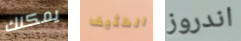
يمكنك الكثيف اندروز